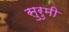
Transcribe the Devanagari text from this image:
सुरुमी